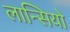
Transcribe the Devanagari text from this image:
लान्सियो